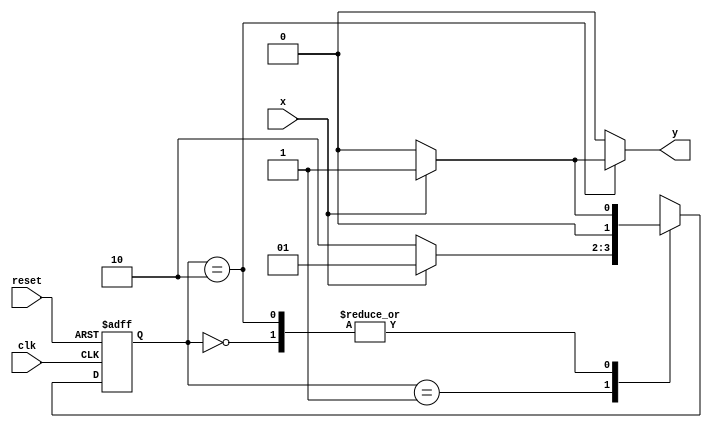
// Guia 10 - 01
// Paulo Henrique de Almeida Amorim - 412765

// constant definitions
`define found    1
`define notfound 0

// FSM by Mealy
module exercicio01_seq010_mealy ( y, x, clk, reset );

	output y;
	input  x;
	input  clk;
	input  reset;

	reg    y;

	parameter         // state identifiers 
		start  = 2'b00,
		id0    = 2'b01,
		id01   = 2'b10;

	reg [1:0] E1;	// current state variables
	reg [1:0] E2;	// next state logic output

	// next state logic
   always @( x or E1 )
		begin
		y = `notfound;
		
		case ( E1 )
			start:
				if ( x )
					E2 = id0;
				else
					E2 = start;
				
			id0:
				if ( x )
					E2 = id0;
				else
					E2 = id01;

			id01:
				if ( x )
				begin
					E2 =  id0;
					y  = `found;
				end
				else
				begin
					E2 =  start;
					y  = `notfound;
				end
	 
			default:   // undefined state
				E2 =  2'bxx;
		endcase
	  
		end // always at signal or state changing
		

	// state variables
		always @( posedge clk or negedge reset )
		begin
			if ( reset )
				E1 = E2;    // updates current state
			else
				E1 = 0;     // reset
		end // always at signal changing

endmodule // exercicio01_seq010_mealy


module Exercicio1;
	
	reg   clk, reset, x;
	wire  m1;

	exercicio01_seq010_mealy M1( m1, x, clk, reset );

	initial
	begin
		$display("Guia 10 - Paulo Henrique de Almeida Amorim - 412765");
		$display("\nTime\tX   Seq 010" );

	// initial values
       clk   = 1;
       reset = 0;
       x     = 0;

	// input signal changing
		#10   reset = 1;
		#10  x = 1;
		#10  x = 0;
		#10  x = 0;
		#10  x = 1;
		#10  x = 0;
		#10  x = 1;
		#10  x = 1;
		#10  x = 1;
		#10  x = 1;
		#10  x = 0;
		#10  x = 1;
		#10  x = 1;
		#10  x = 1;
		#10  x = 0;
		#10  x = 1;
		#10  x = 0;
		#10  x = 0;
		#10  x = 0;
		
		#5 $finish;
	
	end // initial

	always
		#5 clk = ~clk;

	always @( posedge clk )
	begin
		$display ( "%4d \t%b\t%b", $time, x, m1);
	end // always at positive edge clocking changing

endmodule